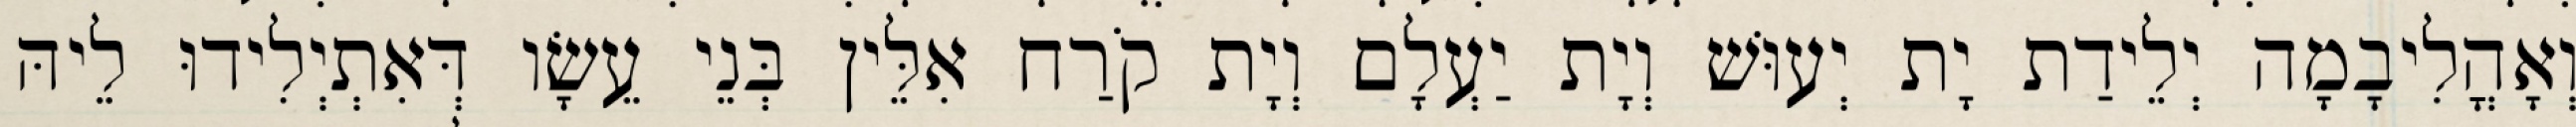
וְאָהֳלִיבָמָה יְלֵידַת יָת יְעוּשׁ וְיָת יַעְלָם וְיָת קֹרַח אִלֵּין בְּנֵי עֵשָׂו דְּאִתְיְלִידוּ לֵיהּ